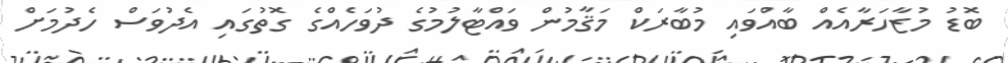
ބޮޑު މުޒާހަރާއެއް ބާއްވައި މުބާރަކް މަޤާމުން ވައްޓާލުމުގެ ދުވަހެއްގެ ގޮތުގައި އެދުވަސް ހެދުމަށް